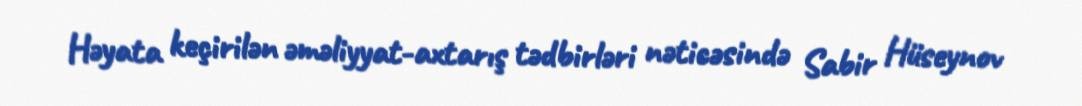
Həyata keçirilən əməliyyat-axtarış tədbirləri nəticəsində Sabir Hüseynov